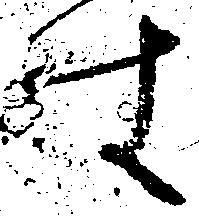
す